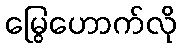
မြွေဟောက်လို